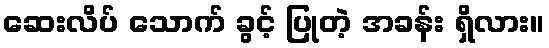
ဆေးလိပ် သောက် ခွင့် ပြုတဲ့ အခန်း ရှိလား။